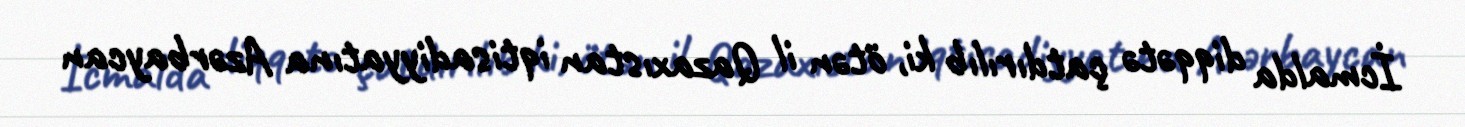
İcmalda diqqətə çatdırılıb ki, ötən il Qazaxıstan iqtisadiyyatına Azərbaycan